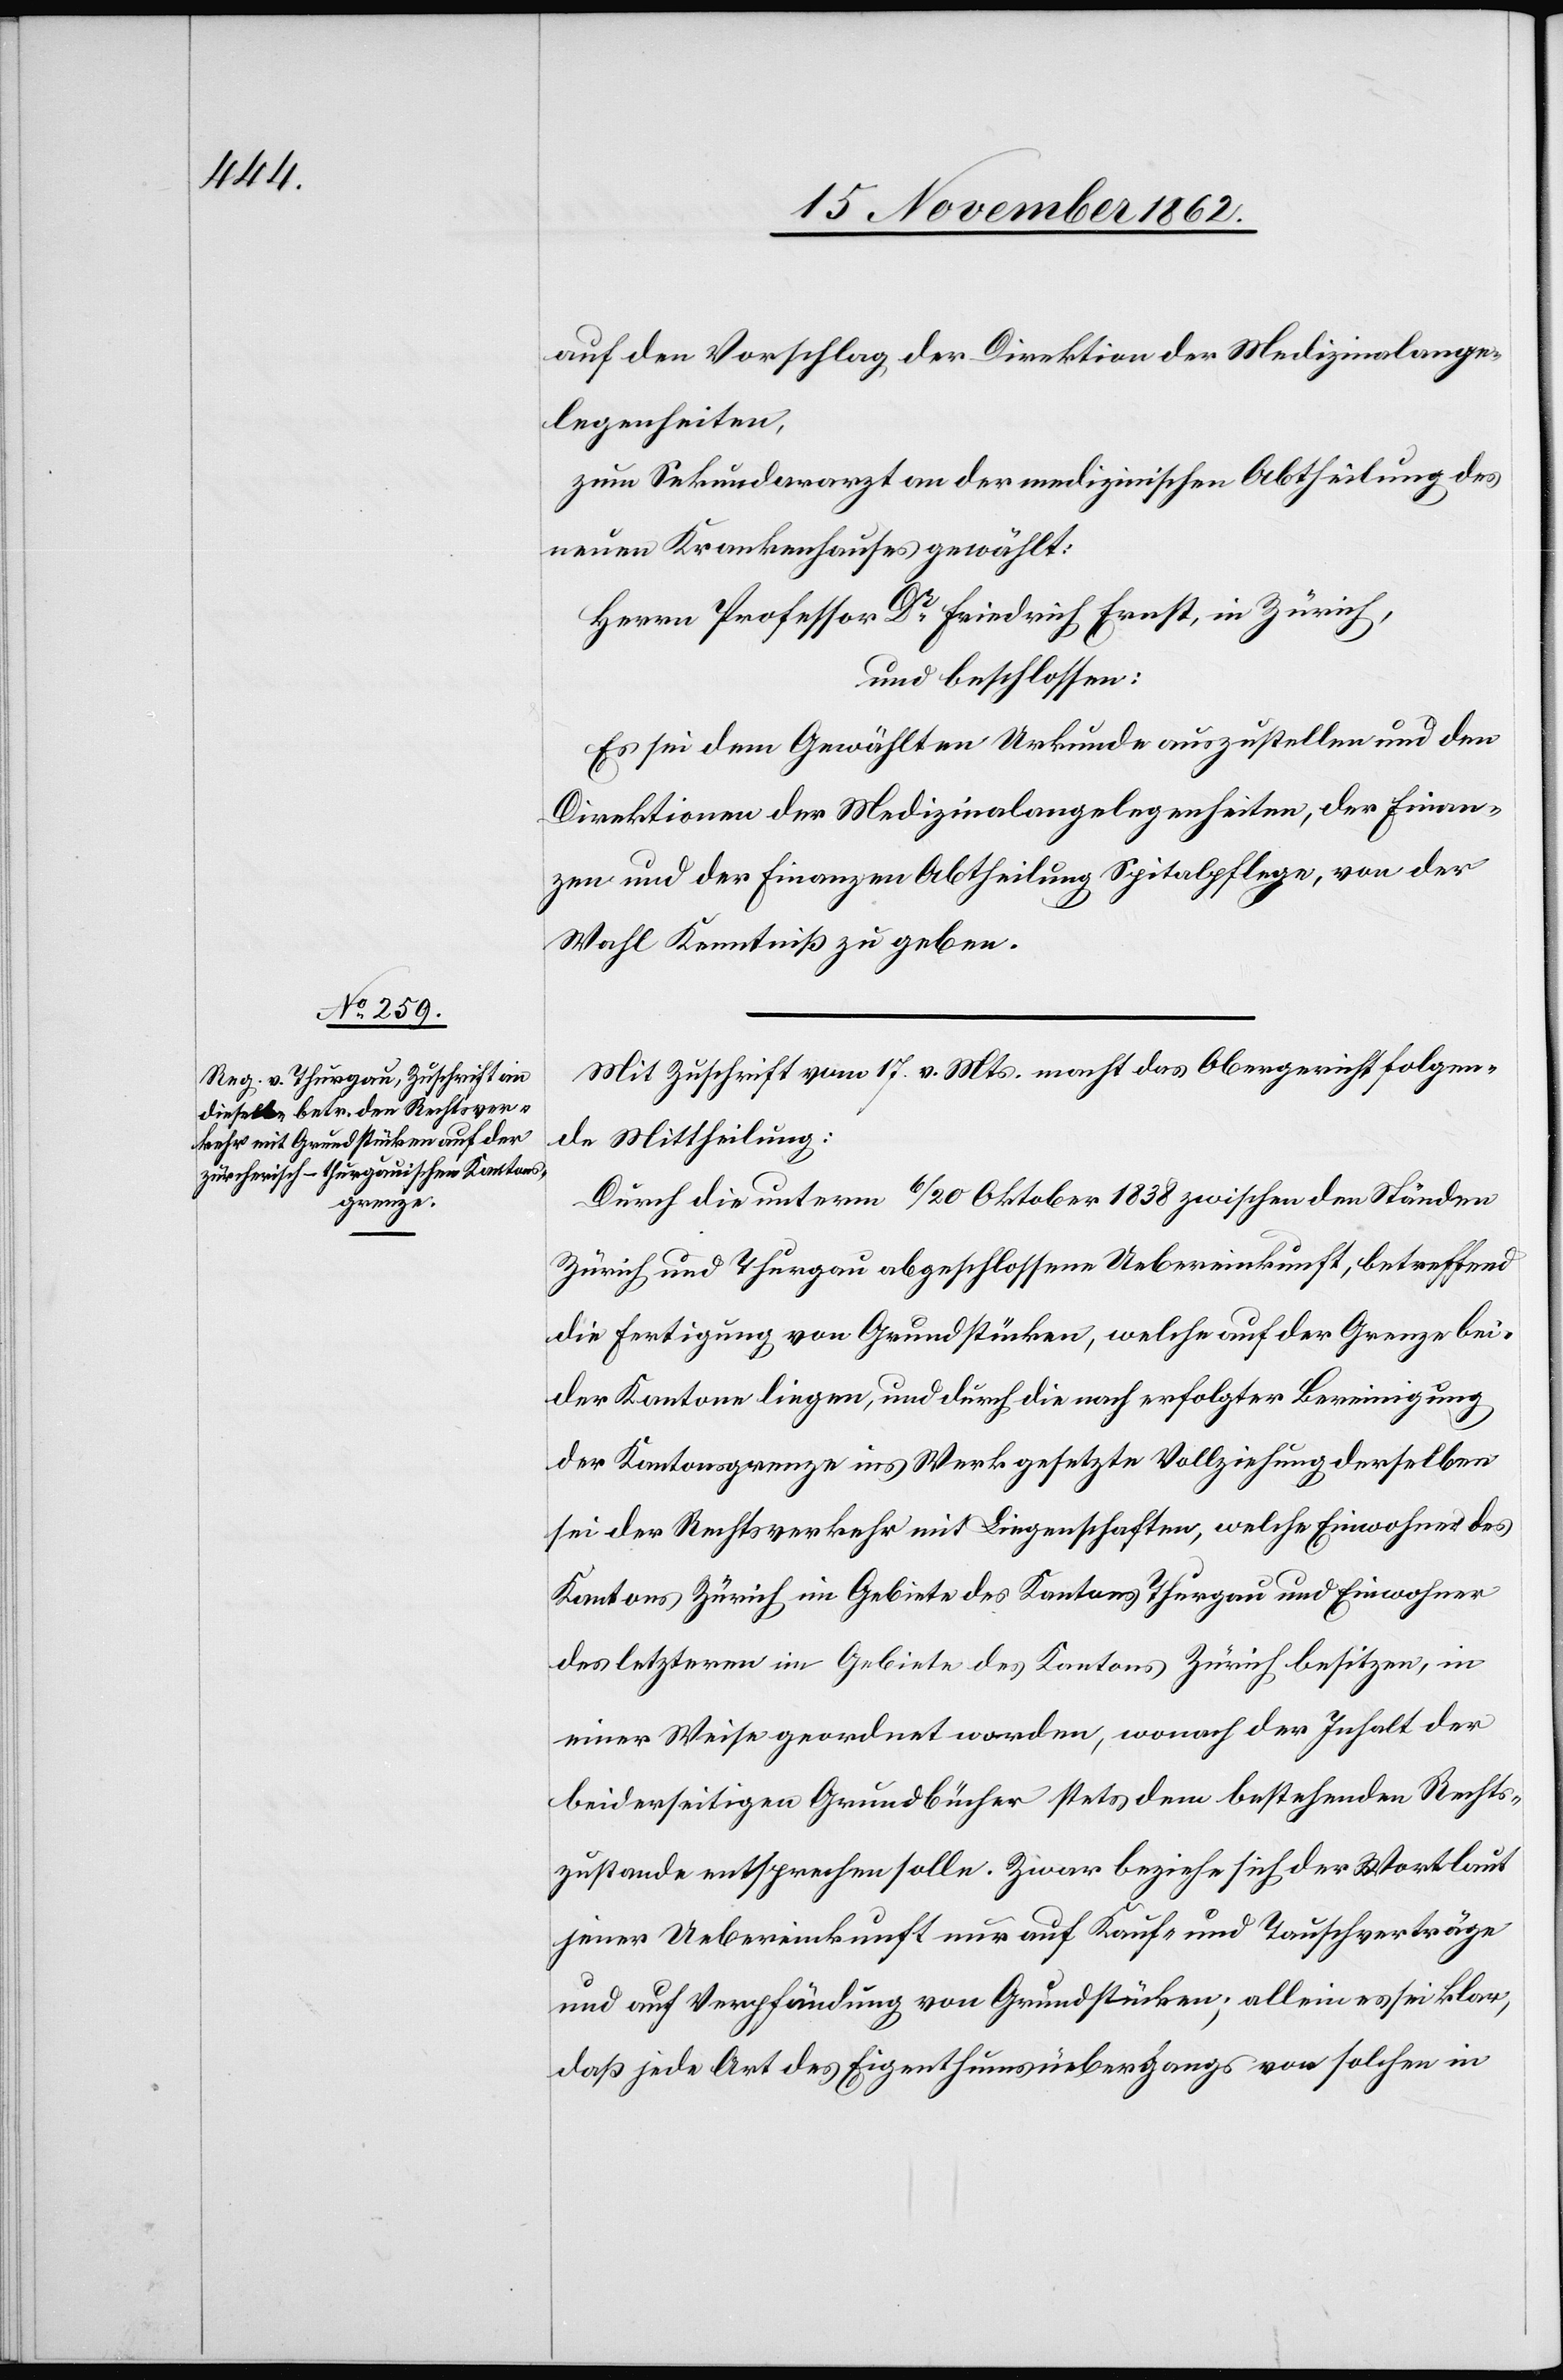
auf den Vorschlag der Direktion der Medizinalange¬
legenheiten,
zum Sekundararzt an der medizinischen Abtheilung des
neuen Krankenhauses gewählt:
Herrn Professor Dr. Friedrich Ernst, in Zürich,
und beschlossen:
Es sei dem Gewählten Urkunde auszustellen und den
Direktionen der Medizinalangelegenheiten, der Finan¬
zen und der Finanzen Abtheilung Spitalpflege, von der
Wahl Kenntniß zu geben.
Mit Zuschrift vom 17. v. Mts. macht das Obergericht folgen¬
de Mittheilung:
Durch die unterm 6/20. Oktober 1838 zwischen den Ständen
Zürich und Thurgau abgeschlossene Uebereinkunft, betreffend
die Fertigung von Grundstücken, welche auf der Grenze bei¬
der Kantone liegen, und durch die nach erfolgter Bereinigung
der Kantonsgrenze ins Werk gesetzte Vollziehung derselben
sei der Rechtsverkehr mit Liegenschaften, welche Einwohner des
Kantons Zürich im Gebiete des Kantons Thurgau und Einwohner
des letzteren im Gebiete des Kantons Zürich besitzen, in
einer Weise geordnet worden, wonach der Inhalt der
beiderseitigen Grundbücher stets dem bestehenden Rechts¬
zustande entsprechen solle. Zwar beziehe sich der Wortlaut
jener Uebereinkunft nur auf Kauf- und Tauschverträge
und auf Verpfändung von Grundstücken; allein es sei klar,
daß jede Art des Eigenthumsübergangs von solchen in